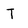
Character: T